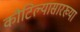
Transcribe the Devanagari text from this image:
कौटिल्यासारख्या